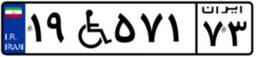
۱۹W۵۷۱۷۳